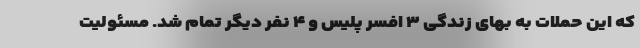
که این حملات به بهای زندگی ۳ افسر پلیس و ۴ نفر دیگر تمام شد. مسئولیت